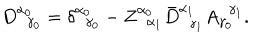
D _ { \; \; \gamma _ { 0 } } ^ { \alpha _ { 0 } } = \delta _ { \; \; \gamma _ { 0 } } ^ { \alpha _ { 0 } } - Z _ { \; \; \alpha _ { 1 } } ^ { \alpha _ { 0 } } \bar { D } _ { \; \; \gamma _ { 1 } } ^ { \alpha _ { 1 } } A _ { \gamma _ { 0 } } ^ { \; \; \gamma _ { 1 } } .